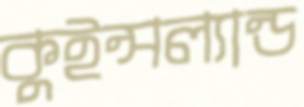
কুইন্সল্যান্ড